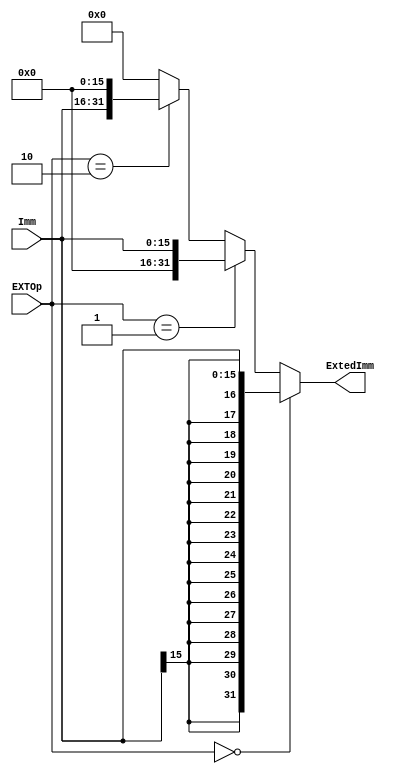
`timescale 1ns / 1ps
//////////////////////////////////////////////////////////////////////////////////
// Company: 
// Engineer: 
// 
// Design Name: 
// Module Name:    EXT 
// Project Name: 
// Target Devices: 
// Tool versions: 
// Description: 
//
// Dependencies: 
//
// Revision: 
// Revision 0.01 - File Created
// Additional Comments: 
//
//////////////////////////////////////////////////////////////////////////////////
module EXT(
    input [15:0] Imm,
    input [1:0] EXTOp,
    output [31:0] ExtedImm
    );
	assign ExtedImm=(EXTOp==0)?{{16{Imm[15]}},Imm[15:0]}:
							(EXTOp==1)?{{16{1'b0}},Imm[15:0]}:
							(EXTOp==2)?{Imm[15:0],{16'h0000}}:0;
endmodule